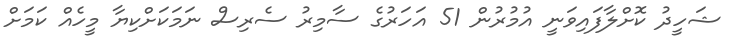
ޝަހީދު ކޮށްލާފައިވަނީ އުމުރުން 51 އަހަރުގެ ސާމިރު ސެރިސް ނަމަކަށްކިޔާ މީހެއް ކަމަށް